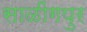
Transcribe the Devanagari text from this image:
साळींगपुर